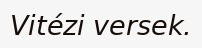
Vitézi versek.